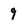
Character: 9